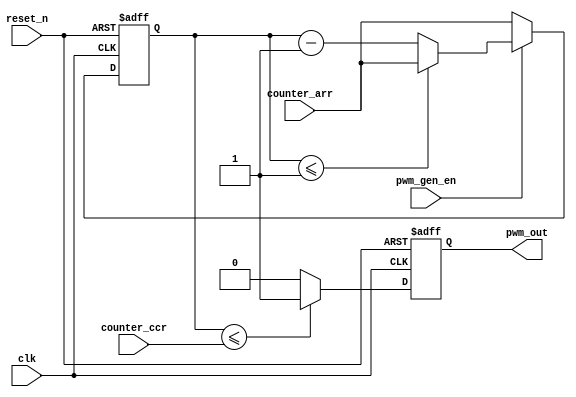
module PWM_gen(
	clk,   
	reset_n,
	pwm_gen_en,
	counter_arr,
	counter_ccr,
	pwm_out
);
    wire reset;
	assign reset=~reset_n;
	input clk;	     //ϵͳʱ�����룬50M
	input reset_n;	   //��λ�ź����룬����Ч
	input  pwm_gen_en;	 //pwm����ʹ���ź�
	input [31:0]counter_arr; //����32λԤ��װֵ
	input [31:0]counter_ccr; //����32λ����Ƚ�ֵ
	output pwm_out;	   //pwm����ź�
    
	reg  pwm_out;
	reg [31:0]pwm_gen_cnt;   //����32λ����pwm�ļ�����

	always@(posedge clk or posedge reset)
	if(reset)
		pwm_gen_cnt <= 32'd1;
	else if(pwm_gen_en)
	begin
		if(pwm_gen_cnt <= 32'd1)
			pwm_gen_cnt <= counter_arr;       //��������1������Ԥ��װ�Ĵ���ֵ
		else
			pwm_gen_cnt <= pwm_gen_cnt - 1'b1;//�������Լ�1
	end
	else
		pwm_gen_cnt <= counter_arr;	        //δʹ��ʱ��������ֵ����Ԥ��װ�Ĵ���ֵ

	always@(posedge clk or posedge reset)
	if(reset)                          //��λʱ��PWM����͵�ƽ
		pwm_out <= 1'b0;
	else if(pwm_gen_cnt <= counter_ccr)   //����ֵС�ڱȽ�ֵ��PWM����ߵ�ƽ
		pwm_out <= 1'b1;
	else
		pwm_out <= 1'b0;                    //����ֵ���ڱȽ�ֵ��PWM����͵�ƽ
		
endmodule